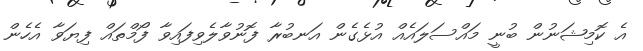
އެ ކޮމިޝަނުން ބުނީ މައްސަލައެއް އުޅެގެން އަނބުރާ ފޮނުވާލެވިފައިވާ ފޯމްތައް ފިޔަވާ އެހެން